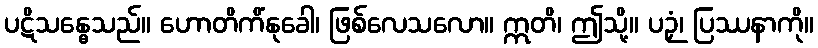
ပဋိသန္ဓေသည်။ ဟောတိကိံနုခေါ၊ ဖြစ်လေသလော။ ဣတိ၊ ဤသို့။ ပဉှံ၊ ပြဿနာကို။